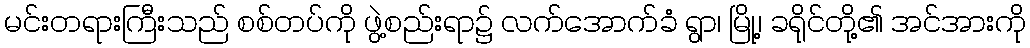
မင်းတရားကြီးသည် စစ်တပ်ကို ဖွဲ့စည်းရာ၌ လက်အောက်ခံ ရွာ၊ မြို့၊ ခရိုင်တို့၏ အင်အားကို